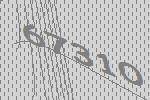
67310